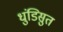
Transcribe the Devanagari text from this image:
धुंडिसुत